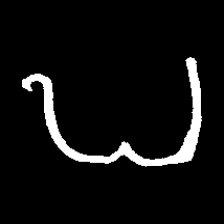
Pyu character \u2014 Myanmar letter: ဎ (romanized: ddha)